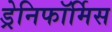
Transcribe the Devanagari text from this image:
ड्रेनिफॉर्मिस